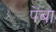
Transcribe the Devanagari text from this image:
पेंबा